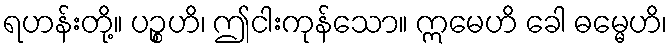
ရဟန်းတို့။ ပဉ္စဟိ၊ ဤငါးကုန်သော။ ဣမေဟိ ခေါ ဓမ္မေဟိ၊